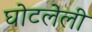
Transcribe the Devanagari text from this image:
घोटलेली